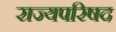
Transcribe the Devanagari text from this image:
राज्यपरिषद